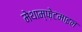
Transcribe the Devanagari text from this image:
मेथाम्फ़ेटमाइन